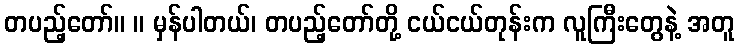
တပည့်တော်။ ။ မှန်ပါတယ်၊ တပည့်တော်တို့ ငယ်ငယ်တုန်းက လူကြီးတွေနဲ့ အတူ